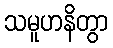
သမူဟနိတွာ